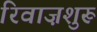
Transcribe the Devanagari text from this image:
रिवाज़शुरू